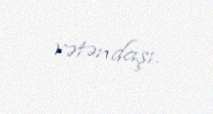
vətəndaşı.